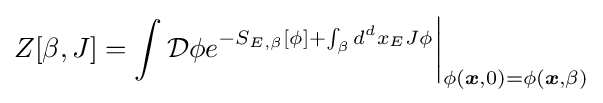
Z[\beta ,J]=\int {\mathcal {D}}\phi e^{-S_{E,\beta }[\phi ]+\int _{\beta }d^{d}x_{E}J\phi }{\bigg |}_{\phi ({\boldsymbol {x}},0)=\phi ({\boldsymbol {x}},\beta )}